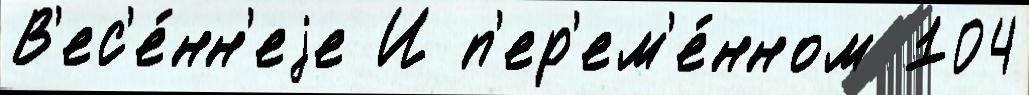
В'ес'е́нн'еjе И п'ер'ем'е́нном 104